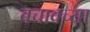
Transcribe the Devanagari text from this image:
बचावच्या